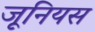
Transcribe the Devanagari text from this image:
जूनियस